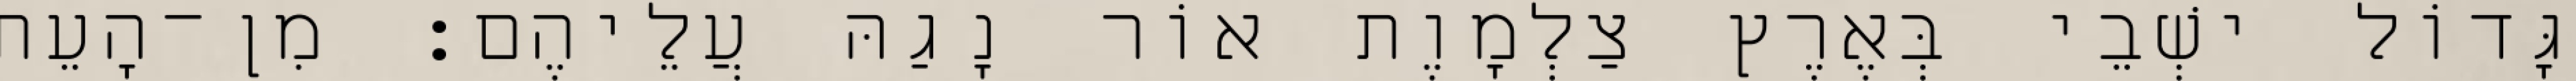
גָּדוֹל ישְׁבֵי בְּאֶרֶץ צַלְמָוֶת אוֹר נָגַהּ עֲלֵיהֶם׃ מִן־הָעֵת